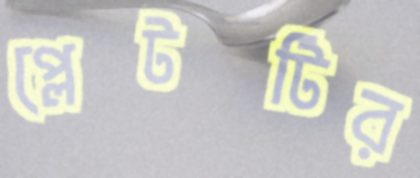
প্লেটটির